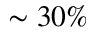
\sim 3 0 \%